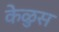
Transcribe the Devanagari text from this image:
केळुस